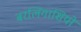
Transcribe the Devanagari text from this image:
बरलिंगाशियो